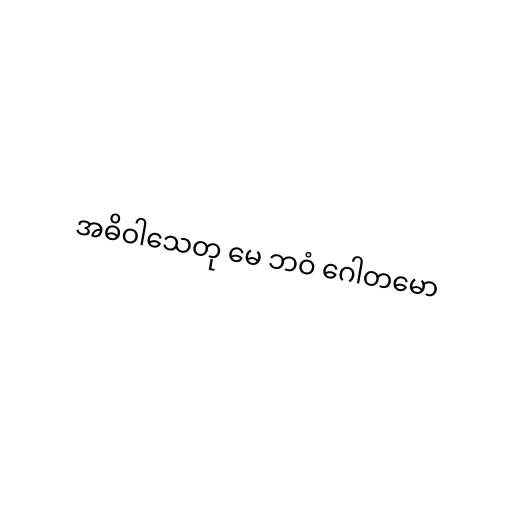
အဓိဝါသေတု မေ ဘဝံ ဂေါတမော